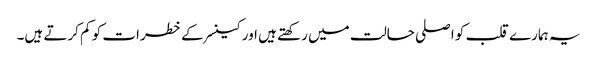
یہ ہمارے قلب کو اصلی حالت میں رکھتے ہیں اور کینسر کے خطرات کو کم کرتے ہیں۔